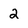
Character: 2